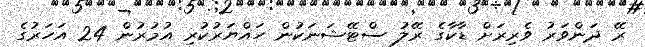
ރޭ ދަންވަރު ވެރިރަށް ޑާކާގެ ރޭލު ސްޓޭޝަނަކުން ހައްޔަރުކުރި އުމުރުން 24 އަހަރުގެ